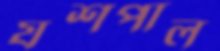
যশপাল